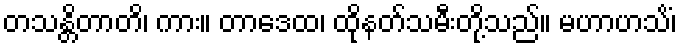
တသန္တိတာတိ၊ ကား။ တာဒေထ၊ ထိုနတ်သမီးတို့သည်။ မဟာဟသိံ၊